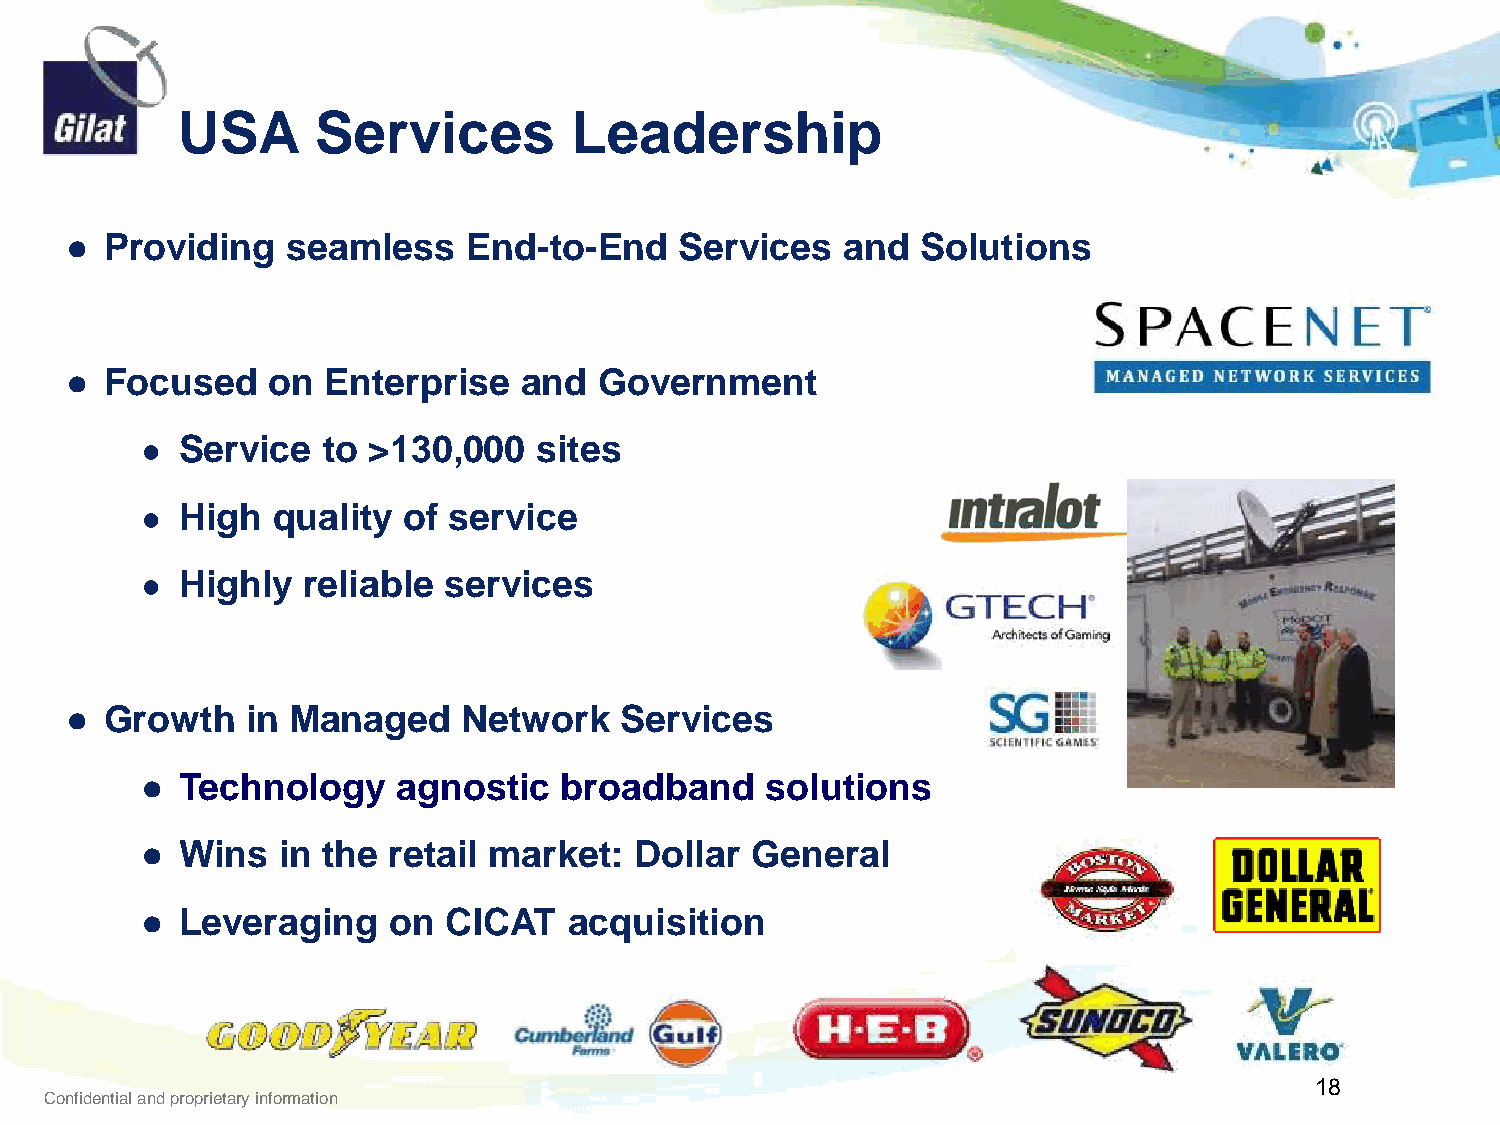
USA      Services         Leadership
 ●  Providing   seamless    End-to-End    Services   and  Solutions
 ●  Focused    on Enterprise   and   Government
 ●  Service  to >130,000   sites
 ●  High  quality  of service
 ●  Highly  reliable services
 ●  Growth   in Managed     Network   Services
 ●  Technology    agnostic   broadband     solutions
 ●  Wins  in the  retail market:  Dollar  General
 ●  Leveraging    on CICAT    acquisition
 18
 Confidential and proprietary information